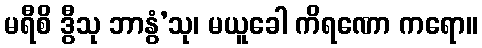
မရီစိ ဒွီသု ဘာနွံ’သု၊ မယူခေါ ကိရဏော ကရော။